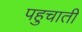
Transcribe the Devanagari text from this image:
पहुचाती